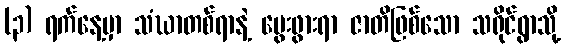
(၃) ရက်နေ့မှာ သံဃာတစ်ရာနဲ့ မွေးဖွားရာ ဇာတိဖြစ်သော သရိုင်ရွာသို့